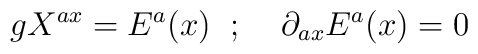
gX^{ax} = E^a (x) \;\; ; \;\;\;\; \partial_{ax} E^a (x) = 0